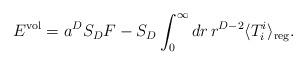
LaTeX: \begin{align*}E^{{\rm vol}}=a^{D}S_D F-S_D \int _{0}^{\infty } dr\, r^{D-2}\langle T_i^i\rangle _{{\rm reg}} . \end{align*}